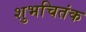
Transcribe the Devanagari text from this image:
शुभचितंक